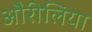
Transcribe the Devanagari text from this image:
औरीलिया